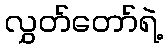
လွှတ်တော်ရဲ့